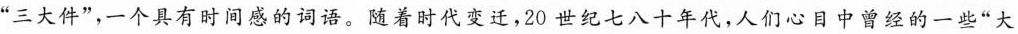
”三大件”，一个具有时间感的词语。随着时代变迁，20世纪七八十年代，人们心目中曾经的一些”大